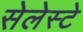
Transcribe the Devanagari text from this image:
सेलेस्टे